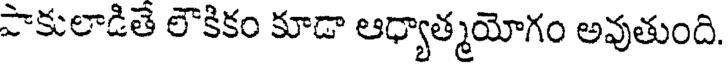
పాకులాడితె లౌకికం కూడా ఆధ్యాత్మయోగం అవుతుంది.